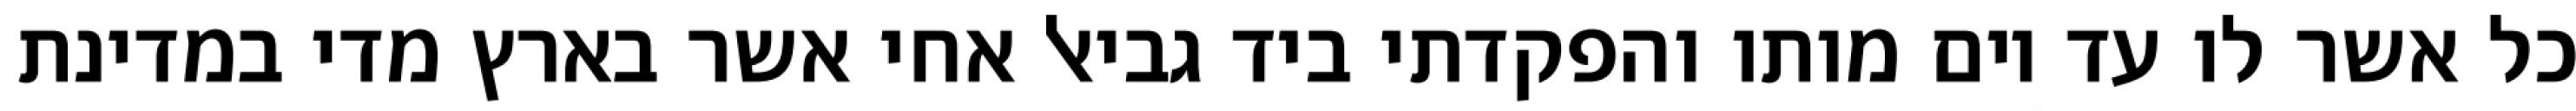
כל אשר לו עד יום מותו והפקדתי ביד גביאל אחי אשר בארץ מדי במדינת